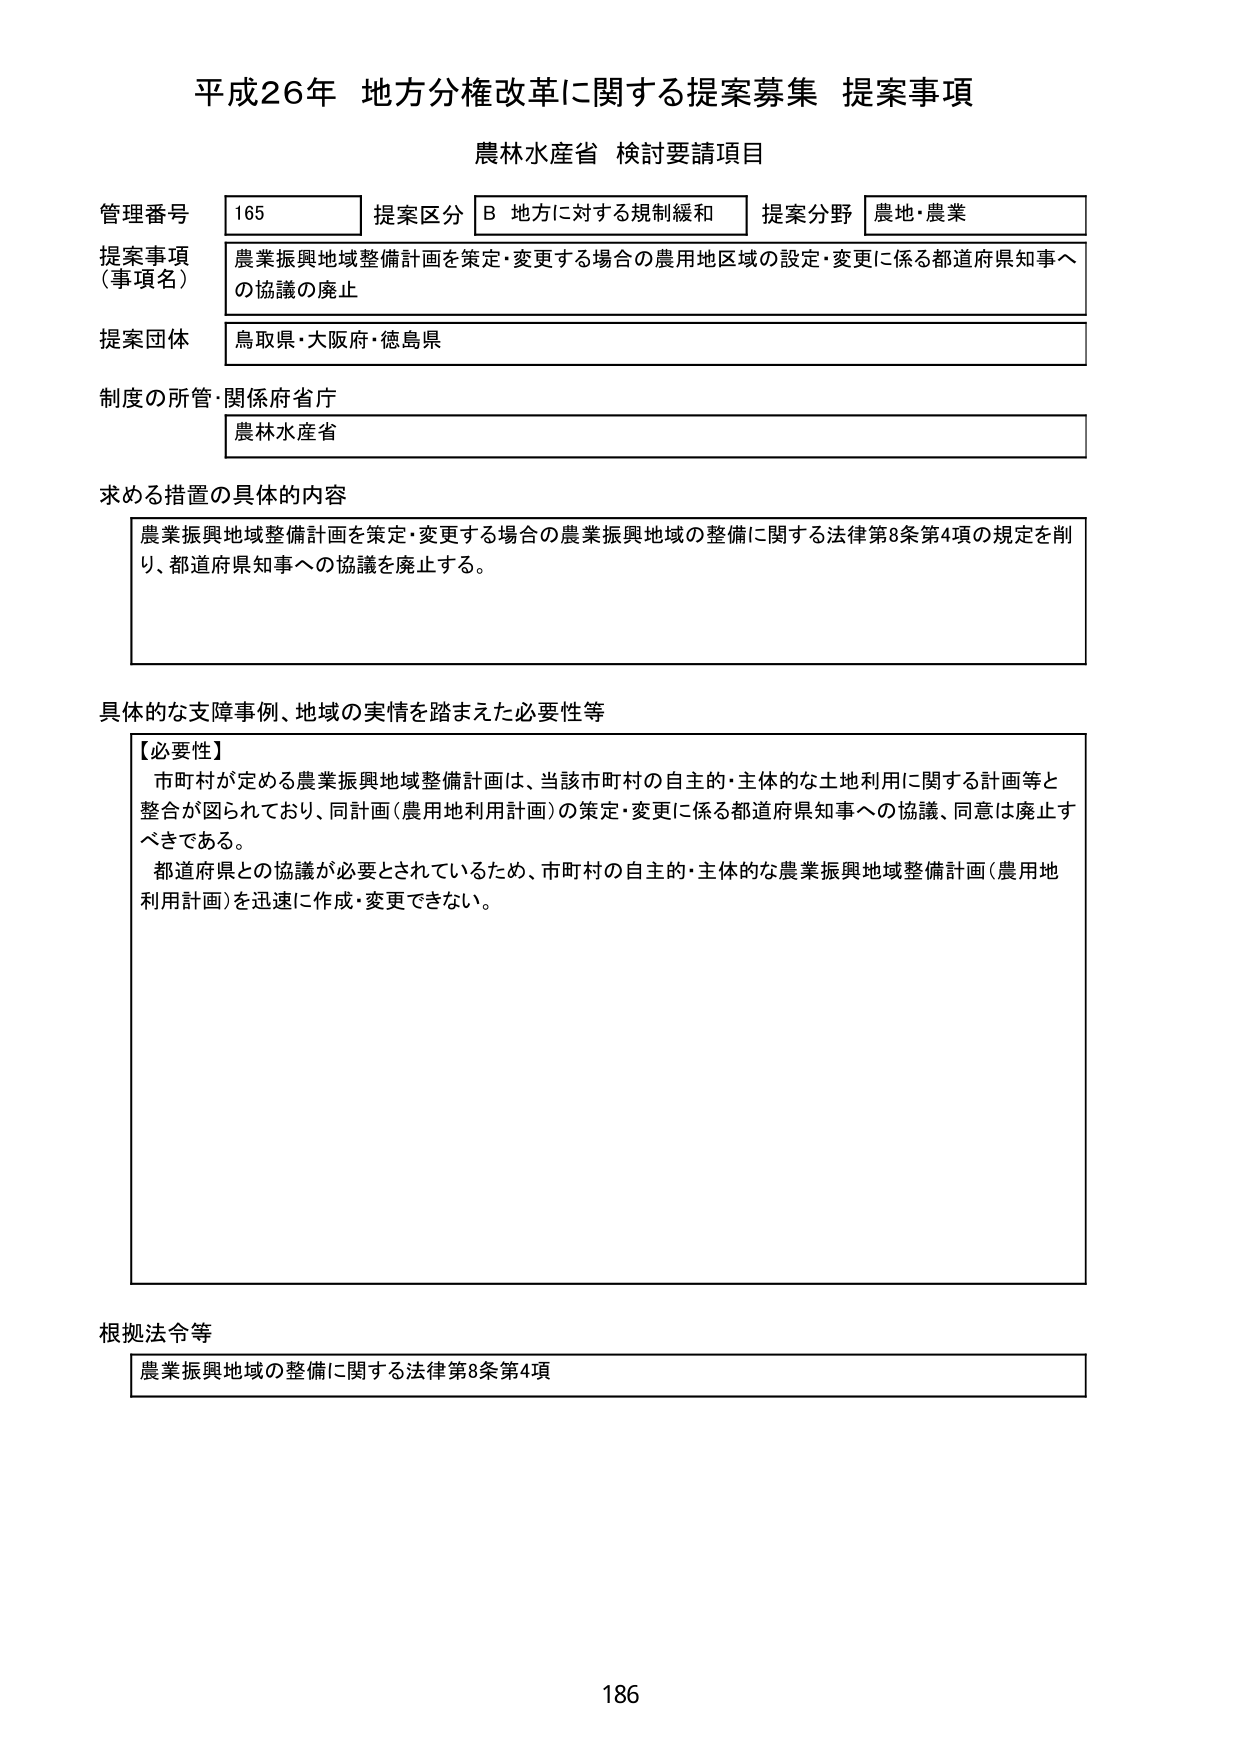
平成26年 地方分権改革に関する提案募集 提案事項
農林水産省 検討要請項目

管理番号 165 提案区分 B 地方に対する規制緩和 提案分野 農地・農業
提案事項（事項名） 農業振興地域整備計画を策定・変更する場合の農用地区域の設定・変更に係る都道府県知事への協議の廃止
提案団体 鳥取県・大阪府・徳島県
制度の所管・関係府省庁 農林水産省

求める措置の具体的内容
農業振興地域整備計画を策定・変更する場合の農業振興地域の整備に関する法律第8条第4項の規定を削り、都道府県知事への協議を廃止する。

具体的な支障事例、地域の実情を踏まえた必要性等
【必要性】
市町村が定める農業振興地域整備計画は、当該市町村の自主的・主体的な土地利用に関する計画等と整合が図られており、同計画（農用地利用計画）の策定・変更に係る都道府県知事への協議、同意は廃止すべきである。
都道府県との協議が必要とされているため、市町村の自主的・主体的な農業振興地域整備計画（農用地利用計画）を迅速に作成・変更できない。

根拠法令等
農業振興地域の整備に関する法律第8条第4項

186